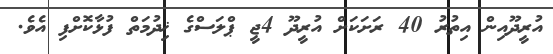
އުރީދޫއިން އިތުރު 40 ރަށަކަށް އުރީދޫ 4ޖީ ޕްލަސްގެ ޚިދުމަތް ފުޅާކޮށްފި އެވެ.